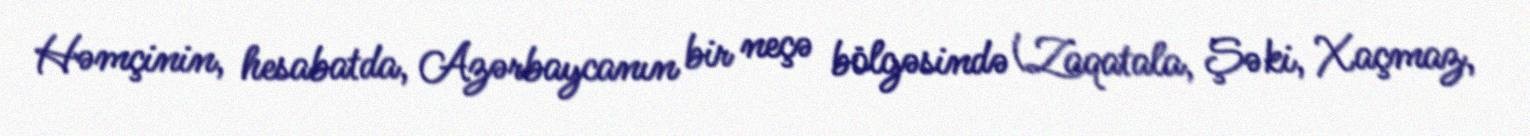
Həmçinin, hesabatda, Azərbaycanın bir neçə bölgəsində (Zaqatala, Şəki, Xaçmaz,